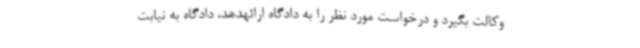
وکالت بگیرد و درخواست مورد نظر را به دادگاه ارائهدهد، دادگاه به نیابت